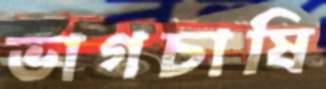
ভাগচাষি